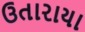
ઉતારાયા